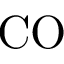
\mathrm { C O }